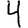
Digit: 4